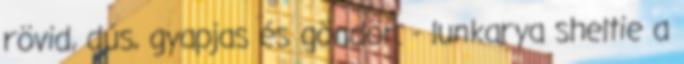
rövid, dús, gyapjas és göndör. - lunkarya sheltie a